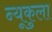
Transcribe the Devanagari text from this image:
न्यूकुला